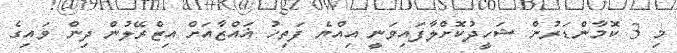
މި 3 ކޮމާންޑަރުން ޝަހީދުކޮށްލާފައިވަނީ އިއްޔެ ފަތިހު ޣައްޒާއަށް އިޒްރޭލުން ދިން ވައިގެ